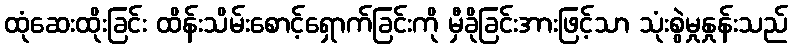
ထုံဆေးထိုးခြင်း ထိန်းသိမ်းစောင့်ရှောက်ခြင်းကို မှီခိုခြင်းအားဖြင့်သာ သုံးစွဲမှုနှုန်းသည်